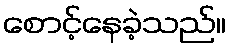
စောင့်နေခဲ့သည်။